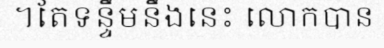
។តែទន្ទឹមនឹងនេះ លោកបាន